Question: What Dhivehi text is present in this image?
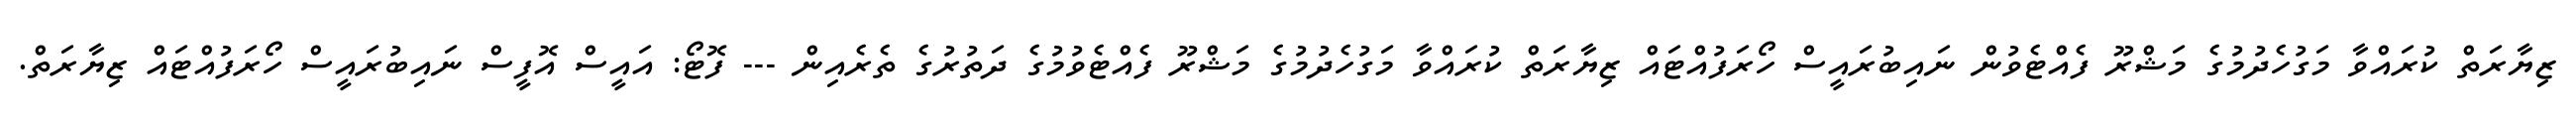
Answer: ޒިޔާރަތް ކުރައްވާ މަގުހެދުމުގެ މަޝްރޫ ފެއްޓެވުން ނައިބުރައީސް ހޯރަފުއްޓައް ޒިޔާރަތް ކުރައްވާ މަގުހެދުމުގެ މަޝްރޫ ފެއްޓެވުމުގެ ދަތުރުގެ ތެރެއިން --- ފޮޓޯ: އައީސް އޮފީސް ނައިބުރައީސް ހޯރަފުއްޓައް ޒިޔާރަތް.